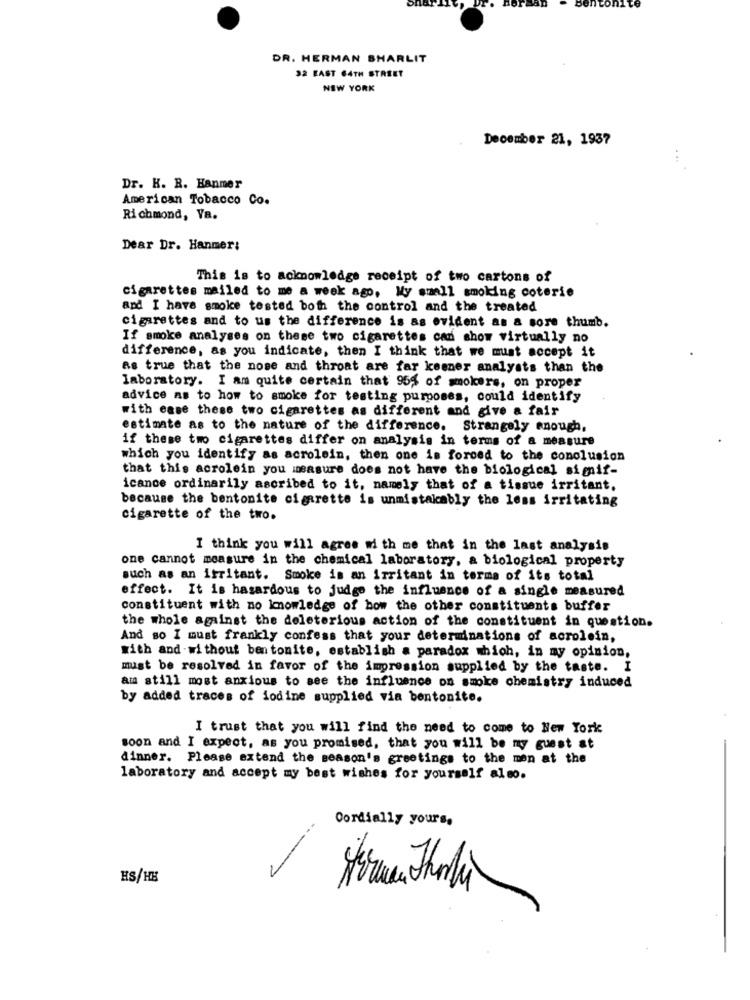
DR. HERMAN SHARLIT
32 EAST 64TH STREET
NEW YORK
December 21, 1937
Dr. K. R. Hanmer
American Tobacco Co.
Richmond, Va.
Dear Dr. Hanmer:
This is to acknowledge receipt of two cartons of
cigarettes mailed to me a week ago, My small smoking coterie
and I have smoke tested both the control and the treated
cigarettes and to us the difference is as evident as a sore thumb.
If smoke analyses on these two cigarettes can show virtually no
difference, as you indicate, then I think that we must accept it
as true that the nose and throat are far keener analysts than the
laboratory. I am quite certain that 95% of smokers, on proper
advice as to how to smoke for testing purposes, could identify
with ease these two cigarettes as different and give a fair
estimate as to the nature of the difference. Strangely enough,
if these two cigarettes differ on analysis in terms of a measure
which you identify as acrolein, then one is forced to the conclusion
that this acrolein you measure does not have the biological simif-
icance ordinarily ascribed to it, namely that of a tissue irritant,
because the bentonite cigarette is unmistakably the less irritating
cigarette of the two.
I think you will agree with me that in the last analysis
one cannot measure in the chemical laboratory, a biological property
such as an irritant. Smoke is an irritant in terms of its total
effect. It is hasardous to judge the influence of a single measured
constituent with no knowledge of bow the other constituents buffer
the whole against the deleterious action of the constituent in question.
And so I must frankly confess that your determinations of acrolein,
with and without ben tonite, establish a paradox which, in my opinion,
must be resolved in favor of the impression supplied by the taste. I
am still most anxious to see the influence on smoke chemistry induced
by added traces of iodine supplied via bentonite.
I trust that you will find the need to come to New York
soon and I expect, as you promised, that you will be my guest at
dinner. Please extend the season's greetings to the man at the
laboratory and accept my best wishes for yourself also.
Cordially yours,
--
HS/HE